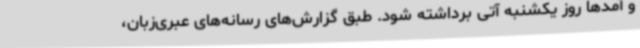
و آمدها روز یکشنبه آتی برداشته شود. طبق گزارش‌های رسانه‌های عبری‌زبان،